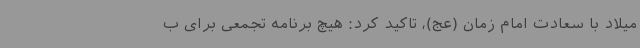
میلاد با سعادت امام زمان (عج)، تاکید کرد: هیچ برنامه تجمعی برای ب